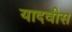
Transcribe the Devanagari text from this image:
यादवीस